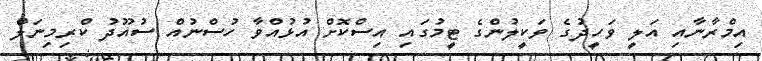
އިމްރާނާއި އަލީ ވަހީދުގެ ވަކީލުންގެ ޓީމުގައި އިސްކޮށް އުޅުއްވާ ހުސްނުއް ސުއޫދު ކްރިމިނަލް